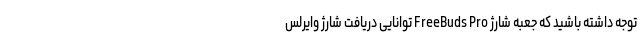
توجه داشته باشید که جعبه شارژ FreeBuds Pro توانایی دریافت شارژ وایرلس